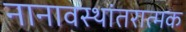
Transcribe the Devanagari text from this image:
नानावस्थांतरात्मक